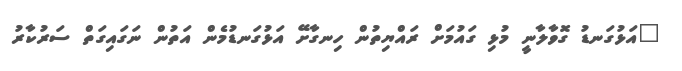
"އަޅުގަނޑު ގޮވާލާނީ މުޅި ގައުމަށް ރައްޔިތުން ހިނގާށޭ އަޅުގަނޑުމެން އަތުން ނަގައިގަތް ސަރުކާރު